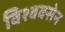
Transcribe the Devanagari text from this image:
विश्वक्सेन